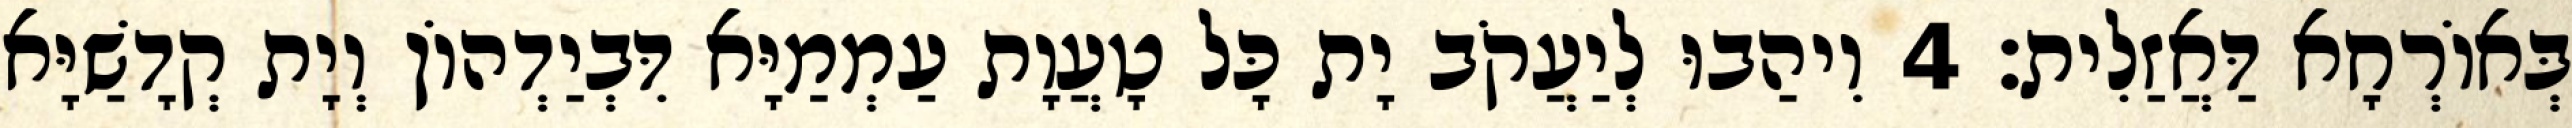
בְּאוֹרְחָא דַּאֲזַלִית׃ 4 וִיהַבוּ לְיַעֲקֹב יָת כָּל טָעֲוָת עַמְמַיָּא דִּבְיַדְהוֹן וְיָת קְדָשַׁיָּא